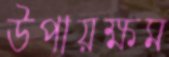
উপায়ক্ষম